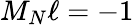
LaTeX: M_{N}\ell=-1